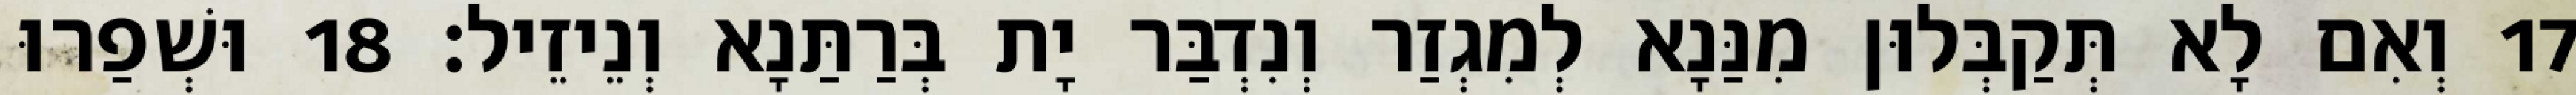
17 וְאִם לָא תְּקַבְּלוּן מִנַּנָא לְמִגְזַר וְנִדְבַּר יָת בְּרַתַּנָא וְנֵיזֵיל׃ 18 וּשְׁפַרוּ